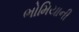
ભોમિયાની